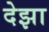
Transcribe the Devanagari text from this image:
देझा